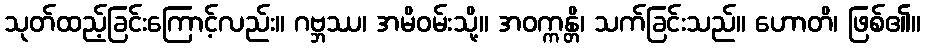
သုတ်ထည့်ခြင်းကြောင့်လည်း။ ဂဗ္ဘဿ၊ အမိဝမ်းသို့။ အဝက္ကန္တိ၊ သက်ခြင်းသည်။ ဟောတိ၊ ဖြစ်၏။